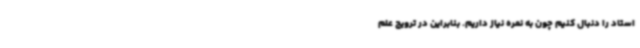
استاد را دنبال کنیم چون به نمره نیاز داریم. بنابراین در ترویج علم